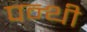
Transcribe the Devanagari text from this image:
पन्थी